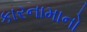
કારનામાનો